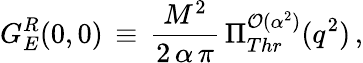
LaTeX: G_{E}^{R}(0,0)\, \equiv\, \frac{M^{2}}{2\, \alpha\, \pi}\, \Pi_{Thr}^{{\cal{O}}(\alpha^{2})}(q^{2})\, ,